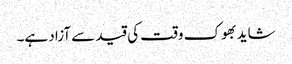
شاید بھوک وقت کی قید سے آزاد ہے۔